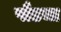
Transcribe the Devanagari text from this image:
पौडचा